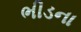
ભીડના